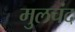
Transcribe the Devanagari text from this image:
मुलचंद